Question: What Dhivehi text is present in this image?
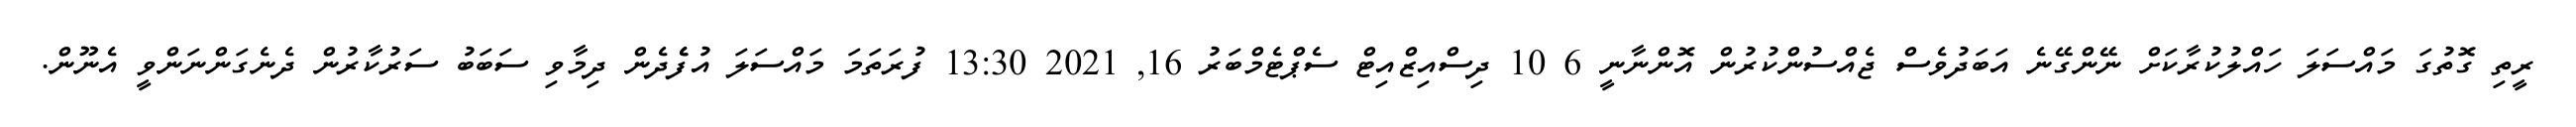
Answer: ރީތި ގޮތުގަ މައްސަލަ ހައްލުކުރާކަށް ނޭންގޭނެ އަބަދުވެސް ޖެއްސުންކުރުން އޮންނާނީ 6 10 ދިސްއިޒްއިޓް ސެޕްޓެމްބަރު 16, 2021 13:30 ފުރަތަމަ މައްސަލަ އުފެެދެން ދިމާވި ސަބަބު ސަރުކާރުން ދެނެގަންނަންވީ އެނޫން.